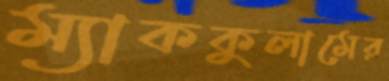
ম্যাককুলামের